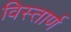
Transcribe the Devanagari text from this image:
विस्तार्ण